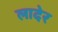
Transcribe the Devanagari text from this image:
लादेर